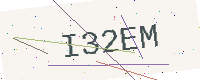
Text: I32EM